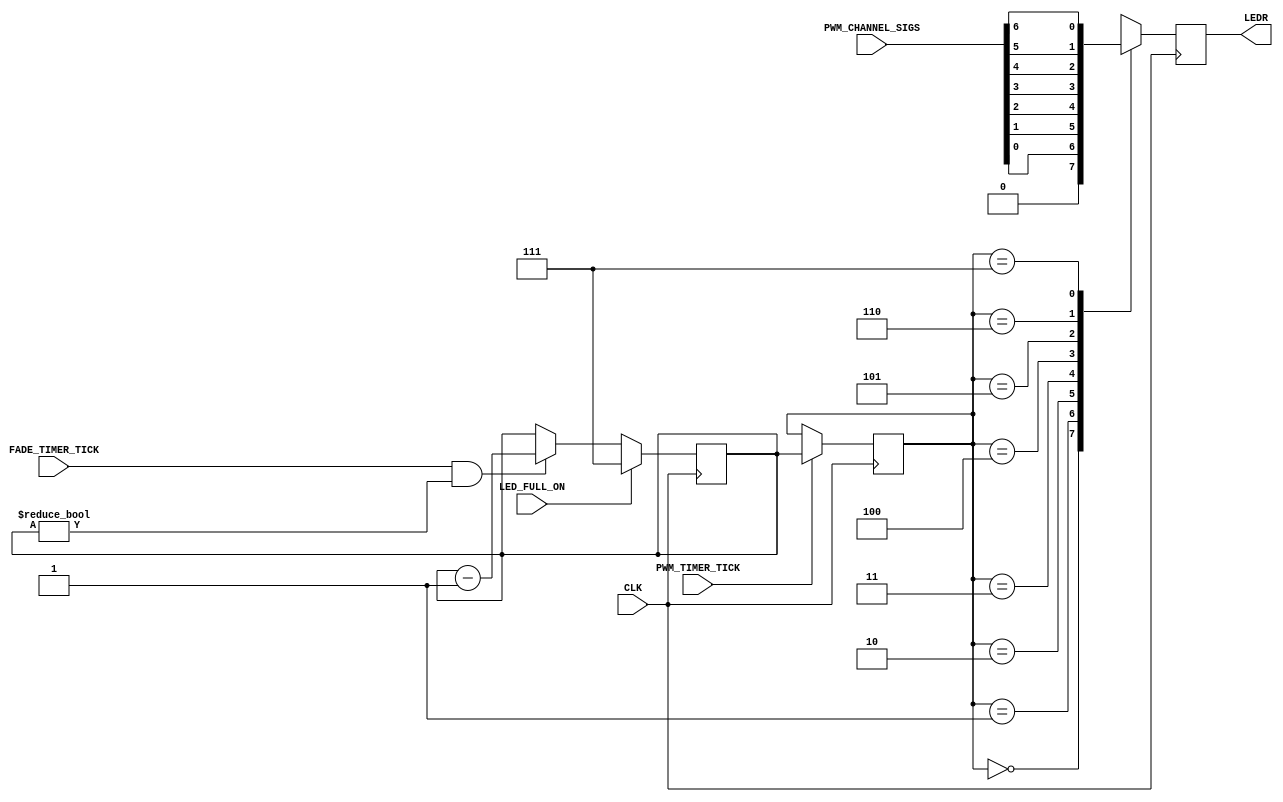
`timescale 1ns / 1ps
//////////////////////////////////////////////////////////////////////////////////
// Company: Case Western Reserve University
// 
// Project Name:   EECS301 Digital Design
// Design Name:    Lab #3 Project
// Module Name:    CLS_LED_Output_Fader
// Target Devices: Altera Cyclone V
// Tool versions:  Quartus v17.0
// Description:    CLS LED Output Fader
//
//                 The LED Output Fader will set the LEDR output to full brightness
//                 when the LED_FULL_ON signal is asserted.  When released,
//                 the LED output is decreased one step per FADE_TIMER_TICK.
//                 Any changes to the LED output should happen on the assertion
//                 of PWM_TIMER_TICK.
//                 
// Dependencies:   
//
//////////////////////////////////////////////////////////////////////////////////

module CLS_LED_Output_Fader
(
	// Input Signals
	input            LED_FULL_ON,
	input      [6:0] PWM_CHANNEL_SIGS,
	input            PWM_TIMER_TICK,
	input            FADE_TIMER_TICK,
	
	// Output Signals
	output reg       LEDR,
	
	// System Signals
	input CLK
);

	//
	// Initialize Register values
	//
	reg  [2:0] led_mux_select;
	reg  [2:0] led_brightness_reg;
	
	initial
	begin
		LEDR <= 1'b0;
		led_mux_select <= 3'h0;
		led_brightness_reg <= 3'h0;
	end
	
	
	//
	// Current Brightness Register
	//
	// Set the register to full brightness when LED_FULL_ON asserts.
	// Decrement register until 0 on each FADE_TIMER_TICK assertion.
	//

	// !! LAB 3: Add led_brightness_reg implementation here !!
	always @(posedge CLK)
	begin
		if(LED_FULL_ON)
		led_brightness_reg <= 3'h7;
		else if(FADE_TIMER_TICK && led_brightness_reg != 3'h0)
		led_brightness_reg <= (led_brightness_reg - 1'b1);
		//note may need to account for when led_brightness_reg is 0, dont want it going negative
	end
	//
	// Syncronize mux changes with the PWM timer tick
	//
	// Load led_mux_select with led_brightness_reg value when 
	//   PWM_TIMER_TICK asserts.
	//

	// !! LAB 3: Add led_mux_select implementation here !!
	
	//
	//changed to star from posedge clk
	always @(posedge CLK) //unless do we want this to run whenever? or on clk tick
	begin
		if(PWM_TIMER_TICK)
		led_mux_select <= led_brightness_reg;
	end
	
	
	//
	// LED Output PWM Multiplexer
	//

	// !! LAB 3: Add LEDR implementation here !!
	
	always @(posedge CLK)
	begin
			case(led_mux_select)
					3'b000 : LEDR <= 1'b0; //OFF
					3'b001 : LEDR <= PWM_CHANNEL_SIGS[0];
					3'b010 : LEDR <= PWM_CHANNEL_SIGS[1];
					3'b011 : LEDR <= PWM_CHANNEL_SIGS[2];
					3'b100 : LEDR <= PWM_CHANNEL_SIGS[3];
					3'b101 : LEDR <= PWM_CHANNEL_SIGS[4];
					3'b110 : LEDR <= PWM_CHANNEL_SIGS[5];
					3'b111 : LEDR <= PWM_CHANNEL_SIGS[6]; //MAX
			endcase
	end
	
endmodule